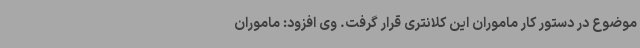
موضوع در دستور کار ماموران این کلانتری قرار گرفت. وی افزود: ماموران